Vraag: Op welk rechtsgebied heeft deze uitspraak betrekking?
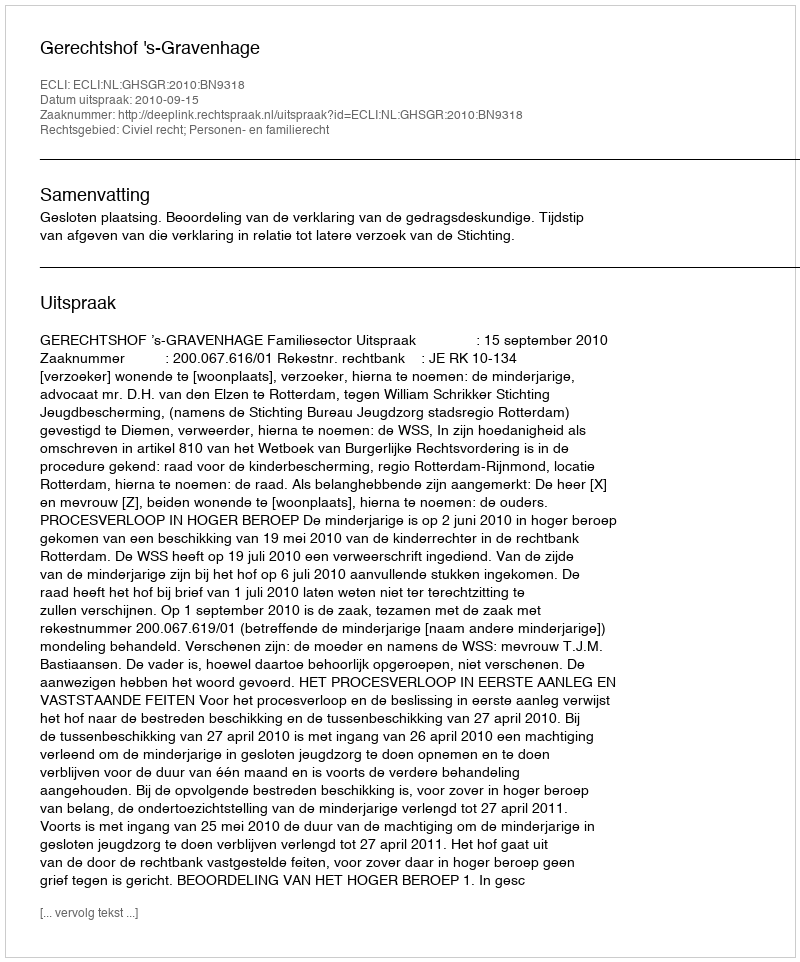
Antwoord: Civiel recht; Personen- en familierecht